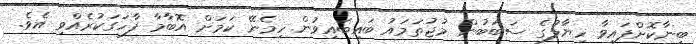
ބިނާކޮށްފައިވާ ހިޔާލުގެ ސަބަބުން މުޖުތަމައު ބައިބައިވުން ހިމެނޭ ކަމަށް އޮބާމާ ފާހަގަކުރެއްވި އެވެ.